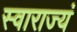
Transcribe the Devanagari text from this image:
स्वाराज्यं